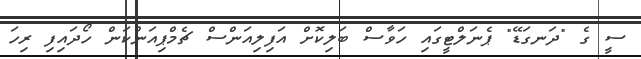
ސީ ގެ "ދަނގަޑޭ" ޕެނަލްޓީގައި ހަވާސް ބަލިކޮށް އަފިލިއަންސް ޗެމްޕިއަންކަން ހޯދައިފި ރިހަ